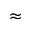
\approx